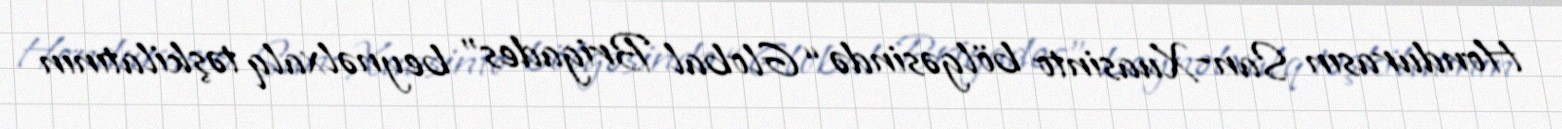
Hondurasın San-Xuasinto bölgəsində “Global Brigades” beynəlxalq təşkilatının